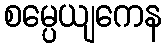
စမ္ပေယျကေန